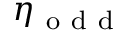
\eta _ { \mathrm { ~ o ~ d ~ d ~ } }